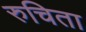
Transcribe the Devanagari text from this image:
रुचिता